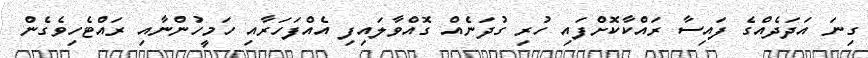
ގިނަ އަދަދެއްގެ ފައިސާ ރައްކާކޮށްފައި ހުރި ގުދަނެއް ގޮއްވާލައިފި އެއްފަހަރާއި ހަމީހުންނާއި ރައްޓެހިވެގެން